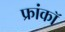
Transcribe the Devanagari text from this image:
फ्रांकॉ